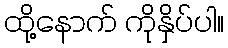
ထို့နောက် ကိုနှိပ်ပါ။